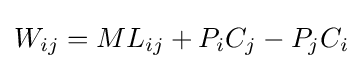
W_{ij}=ML_{ij}+P_{i}C_{j}-P_{j}C_{i}